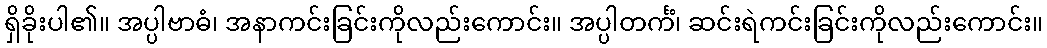
ရှိခိုးပါ၏။ အပ္ပါဗာဓံ၊ အနာကင်းခြင်းကိုလည်းကောင်း။ အပ္ပါတင်္ကံ၊ ဆင်းရဲကင်းခြင်းကိုလည်းကောင်း။